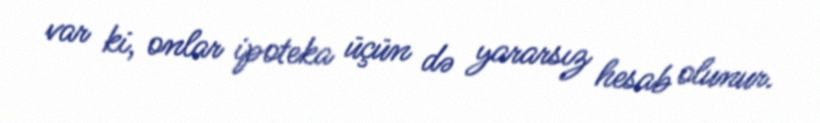
var ki, onlar ipoteka üçün də yararsız hesab olunur.